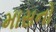
માસનો